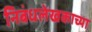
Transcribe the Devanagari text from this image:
निबंधलेखकाच्या